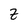
Character: Z